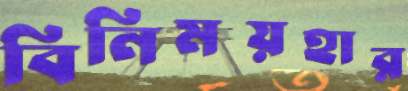
বিনিময়হার